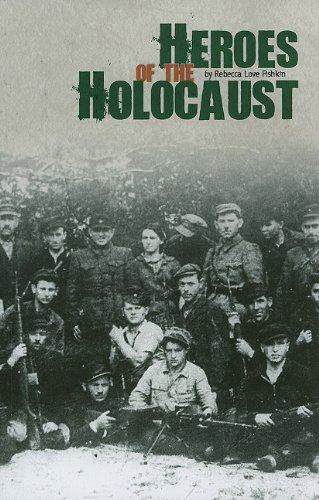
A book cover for Heroes of the Holocaust; Rebecca Love Fishkin; Children's Books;